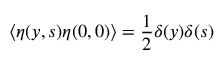
\langle \eta ( y , s ) \eta ( 0 , 0 ) \rangle = \frac { 1 } { 2 } \delta ( y ) \delta ( s )